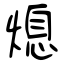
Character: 熄